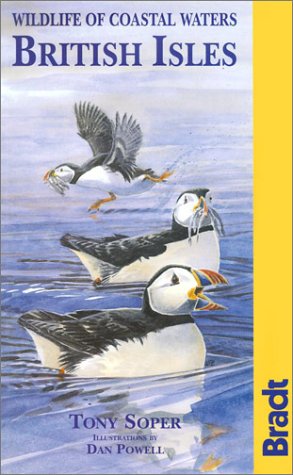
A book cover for British Isles: A Guide to the Wildlife of Coastal Waters; Tony Soper; Travel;